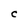
Character: C